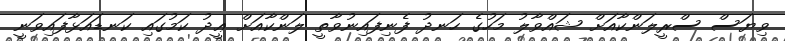
ވިޔަސް ސްރީލަންކާއަށް ޝައްވާލު މަހުގެ ހަނދު ފެނިފައިނުވާތީ ލަންކާއަށް ޢީދު ކަމުގައި ކަނޑައަޅާފައިވަނީ